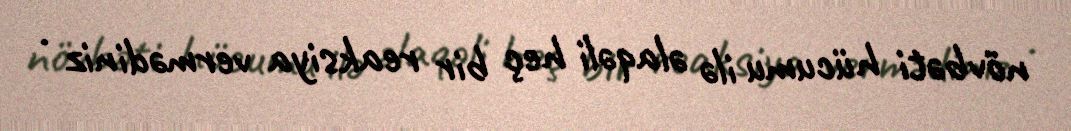
növbəti hücumu ilə əlaqəli heç bir reaksiya vermədiniz .